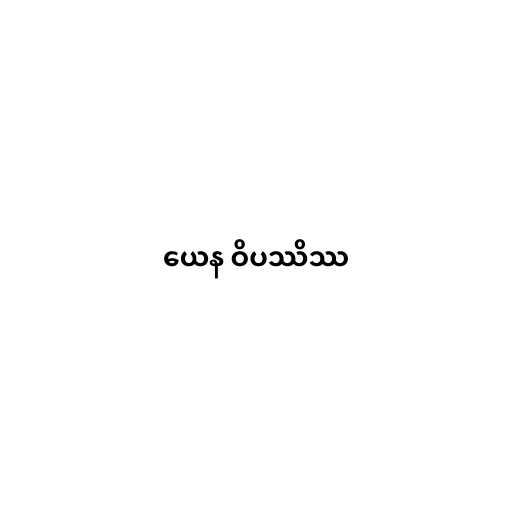
ယေန ဝိပဿိဿ